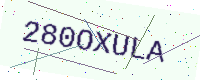
Text: 280OXULA